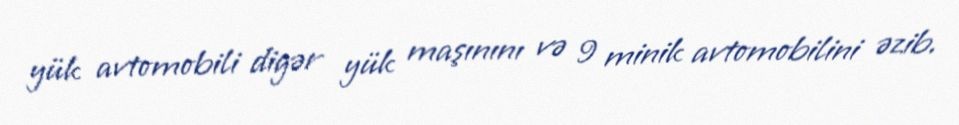
yük avtomobili digər yük maşınını və 9 minik avtomobilini əzib.